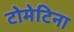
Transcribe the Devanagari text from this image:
टोमेटिना